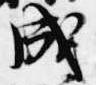
成